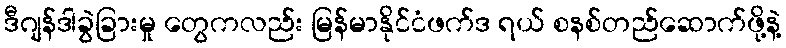
ဒီဂျန်ဒါခွဲခြားမှု တွေကလည်း မြန်မာနိုင်ငံဖက်ဒ ရယ် စနစ်တည်ဆောက်ဖို့နဲ့